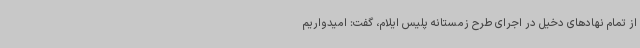
از تمام نهادهای دخیل در اجرای طرح زمستانه پلیس ایلام، گفت: امیدواریم